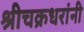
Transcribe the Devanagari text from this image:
श्रीचक्रधरांनी